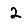
Digit: 2